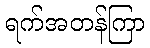
ရက်အတန်ကြာ